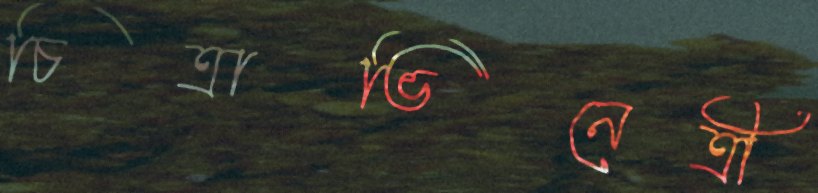
চিত্রাভিনেত্রী